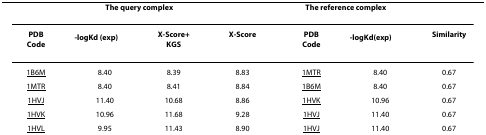
<table><thead><tr><td colspan="4"><b>The query complex</b></td><td colspan="2"><b>The reference complex</b></td><td>[EMPTY_CELL]</td></tr></thead><tbody><tr><td><b>PDB</b><b>Code</b></td><td><b>-log<i>K</i><sub><i>d </i></sub>(exp)</b></td><td><b>X-Score+</b><b>KGS</b></td><td><b>X-Score</b></td><td><b>PDB</b><b>Code</b></td><td><b>-log<i>K</i><sub><i>d</i></sub>(exp)</b></td><td><b>Similarity</b></td></tr><tr><td>1B6M</td><td>8.40</td><td>8.39</td><td>8.83</td><td>1MTR</td><td>8.40</td><td>0.67</td></tr><tr><td>1MTR</td><td>8.40</td><td>8.41</td><td>8.84</td><td>1B6M</td><td>8.40</td><td>0.67</td></tr><tr><td>1HVJ</td><td>11.40</td><td>10.68</td><td>8.86</td><td>1HVK</td><td>10.96</td><td>0.67</td></tr><tr><td>1HVK</td><td>10.96</td><td>11.68</td><td>9.28</td><td>1HVJ</td><td>11.40</td><td>0.67</td></tr><tr><td>1HVL</td><td>9.95</td><td>11.43</td><td>8.90</td><td>1HVJ</td><td>11.40</td><td>0.67</td></tr></tbody></table>